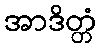
အာဒိတ္တံ